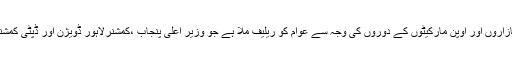
انہوں نے کہا کہ رمضان بازاروں اور اوپن مارکیٹوں کے دوروں کی وجہ سے عوام کو ریلیف ملا ہے جو وزیر اعلیٰ پنجاب ،کمشنرلاہور ڈویژن اور ڈپٹی کمشنر کے وژن کی تکمیل ہے۔